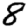
Digit: 8